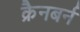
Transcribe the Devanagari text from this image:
क्रैनबर्न